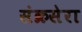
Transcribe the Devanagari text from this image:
संक्रसेरा